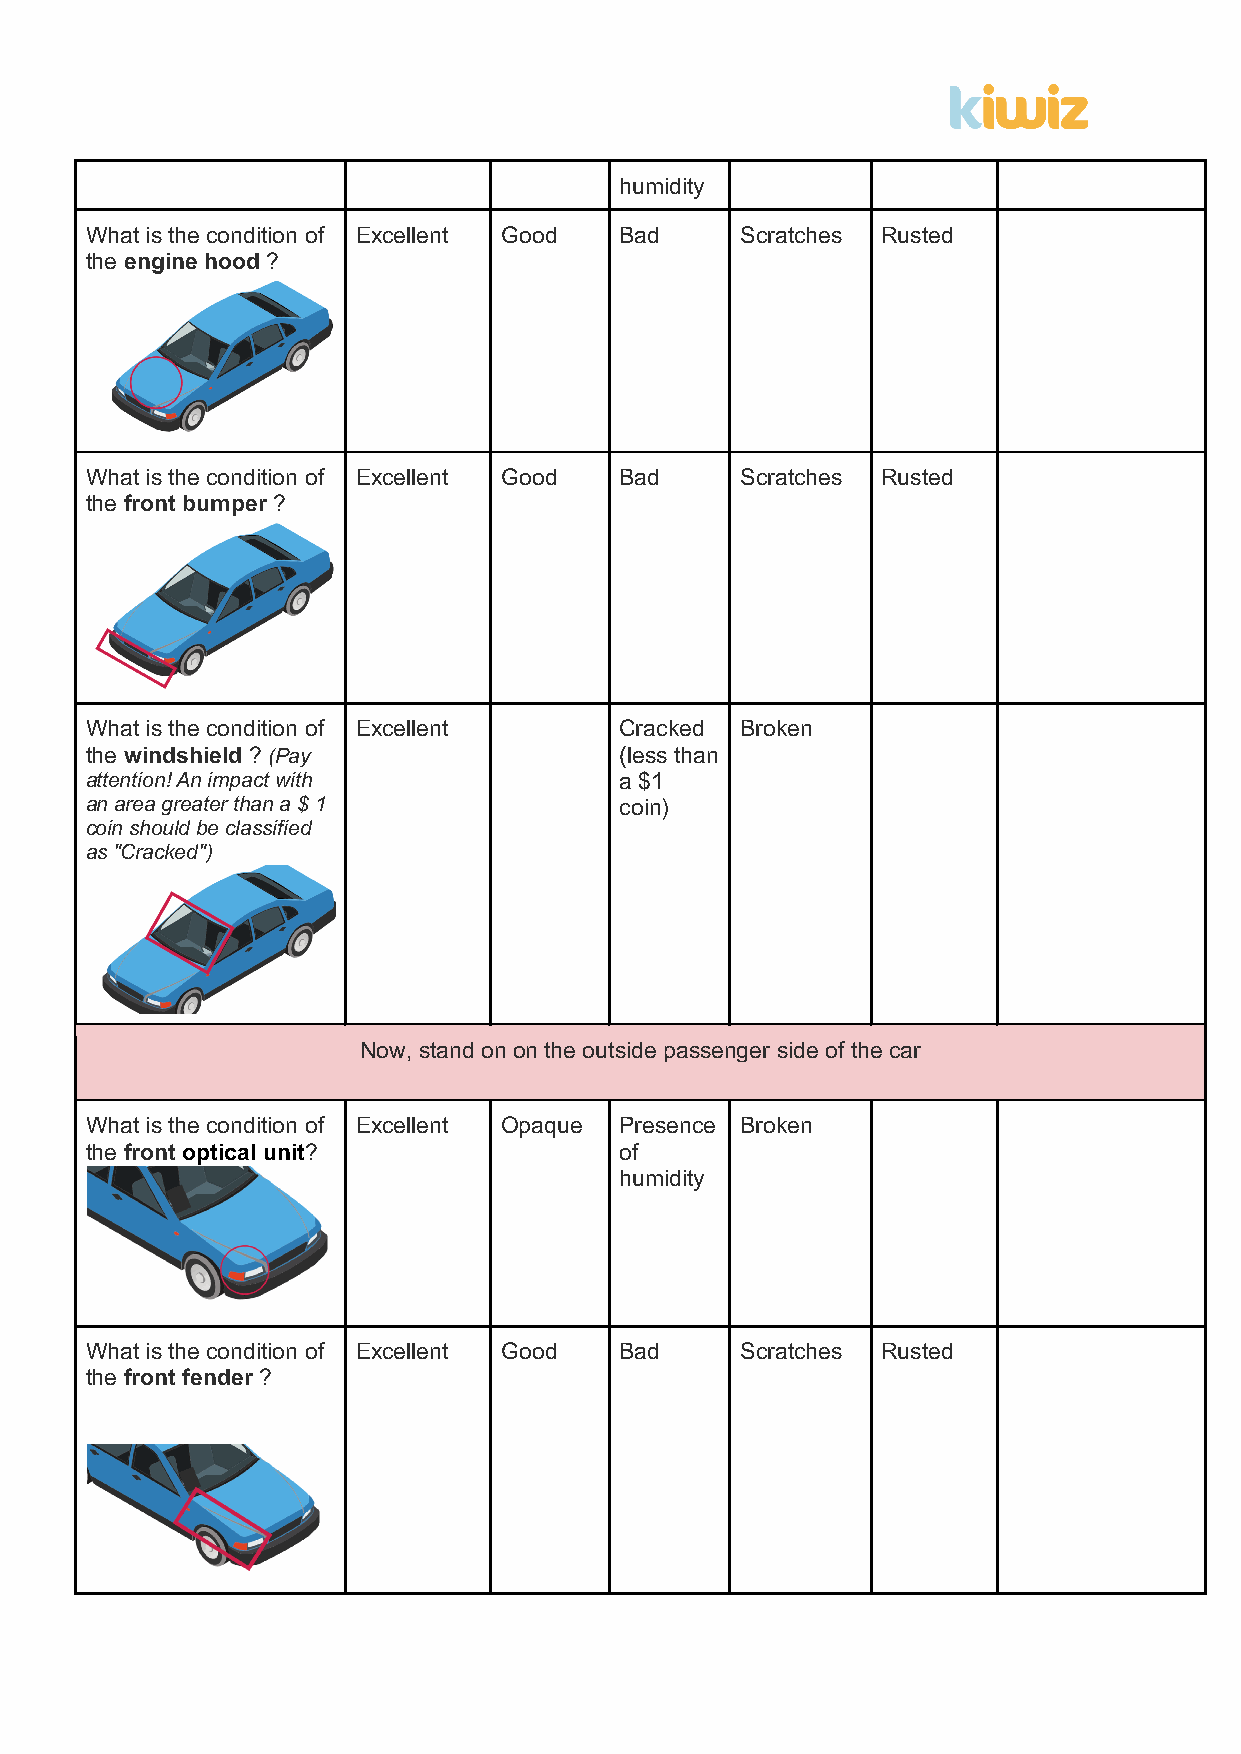
humidity
 What is the condition of Excellent Good Bad Scratches Rusted
 the engine hood ?
 What is the condition of Excellent Good Bad Scratches Rusted
 the front bumper ?
 What is the condition of Excellent Cracked Broken
 the windshield ? (Pay              (less than
 attention! An impact with          a $1
 an area greater than a $ 1         coin)
 coin should be classified
 as "Cracked")
 Now, stand on on the outside passenger side of the car
 What is the condition of Excellent Opaque Presence Broken
 the front optical unit?            of
 humidity
 What is the condition of Excellent Good Bad Scratches Rusted
 the front fender ?